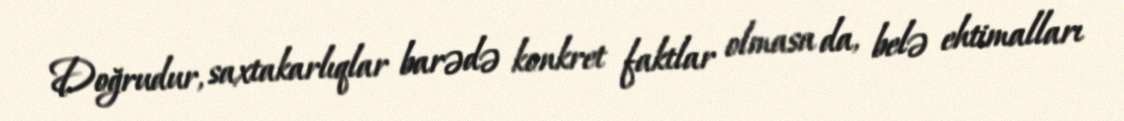
Doğrudur, saxtakarlıqlar barədə konkret faktlar olmasa da, belə ehtimalları